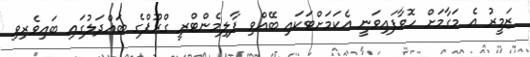
ޒަމީރު އެ މަގާމަށް ހޮވާފައިވަނީ އެކަމަށްޓަކައި ބޭއްވި ޕާލިމެންޓްރީ ގްރޫޕްގެ ބައްދަލުގައި ބައިވެރިވި